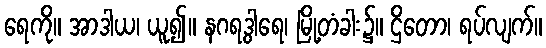
ရေကို။ အာဒါယ၊ ယူ၍။ နဂရဒွါရေ၊ မြို့တံခါး၌။ ဌိတော၊ ရပ်လျက်။